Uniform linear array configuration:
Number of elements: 8
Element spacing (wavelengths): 0.25
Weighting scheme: blackman
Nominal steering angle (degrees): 45
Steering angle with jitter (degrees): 44.134
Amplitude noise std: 0.05
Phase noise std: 0.05

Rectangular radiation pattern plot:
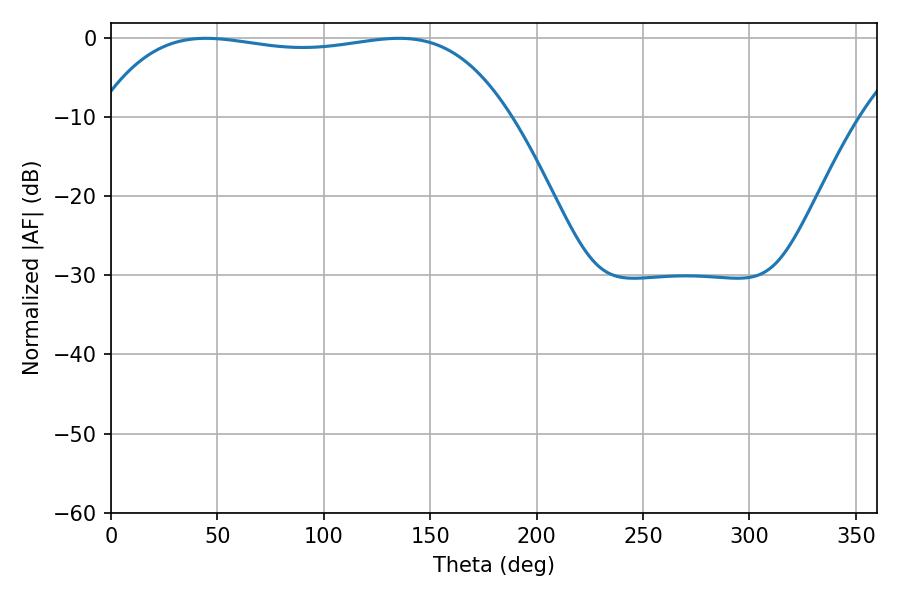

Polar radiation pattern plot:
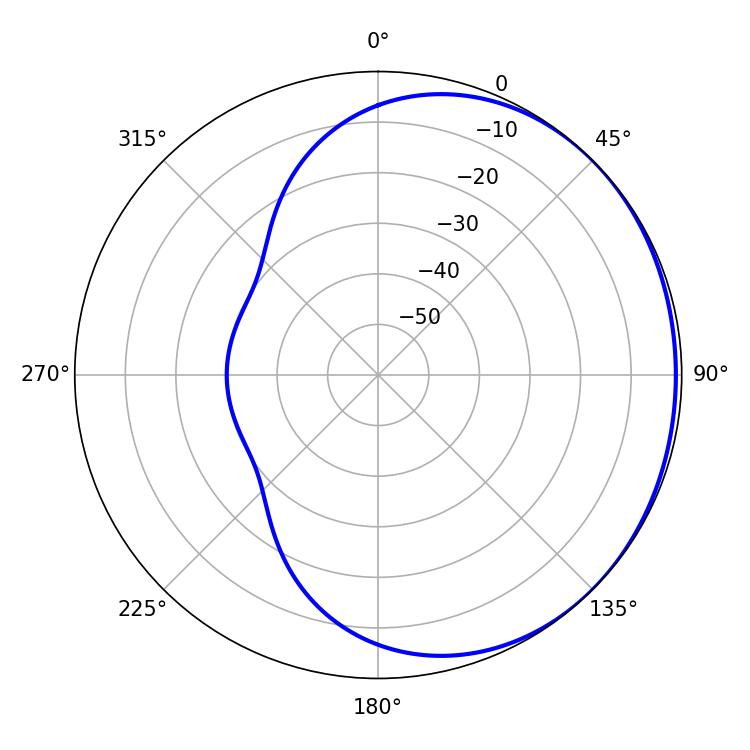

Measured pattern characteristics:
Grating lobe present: FALSE
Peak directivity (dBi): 0.7198
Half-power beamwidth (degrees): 153.72
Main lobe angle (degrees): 44.64